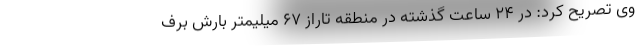
وی تصریح کرد: در ۲۴ ساعت گذشته در منطقه تاراز ۶۷ میلیمتر بارش برف